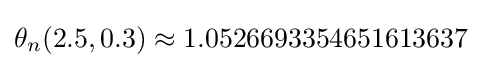
\theta _{n}(2.5,0.3)\approx 1.0526693354651613637